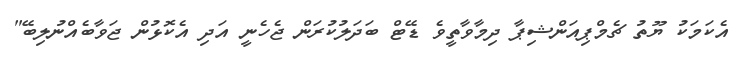
އެކަމަކު ޔޫތު ޗެމްޕިއަންޝިޕާ ދިމާވާތީވެ ޑޭޓް ބަދަލުކުރަން ޖެހެނީ އަދި އެކޮޅުން ޖަވާބެއްނުލިބޭ"